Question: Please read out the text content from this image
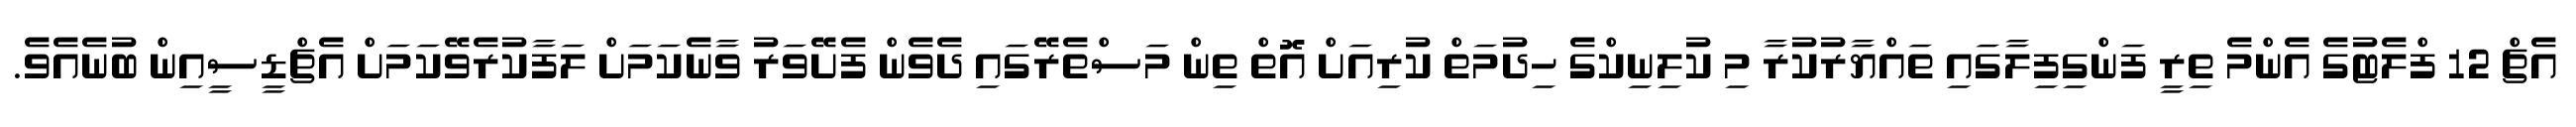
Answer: އެޗް 12 ފްލެޓުގެ އެންމެ ތިރީ ފަންގިފިލާގައި ތައްޔާރުކުރާ މި ކުލިނިކްގެ ހިދުމަތް ކުރިއަށް އޮތް ތިން މަސްތެރޭގައި ދެވެން ފެށޭވަރު ވާނެކަމަށް ލަފާކުރެވޭކަމަށް އެޗްޑީސީއިން ބުނެއެވެ.